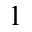
1